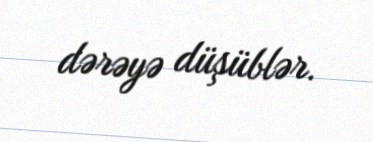
dərəyə düşüblər.